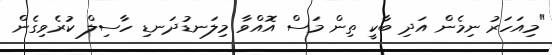
"މިއަހަރު ނިމެން އަދި ބާކީ ތިން މަސް އޮއްވާ މިލަނޑުދަނޑި ހާސިލް ކުރެވިގެން